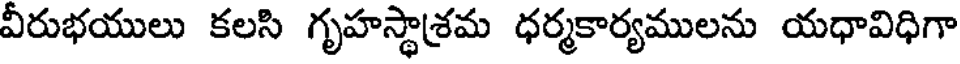
వీరుభయులు కలసి గృహస్థాశ్రమ ధర్మకార్యములను యధావిధిగా